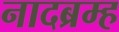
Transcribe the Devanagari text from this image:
नादब्रम्ह